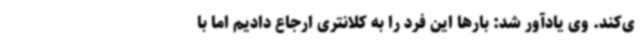
ی‌کند. وی یادآور شد: بارها این فرد را به کلانتری ارجاع دادیم اما با